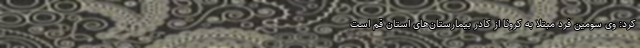
کرد: وی سومین فرد مبتلا به کرونا از کادر بیمارستان‌های استان قم است